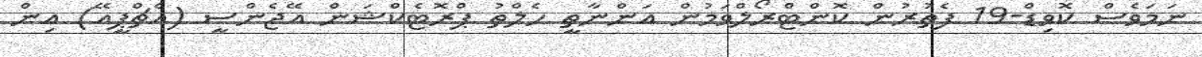
ނަމަވެސް ކޮވިޑް-19 ފެތުރުން ކޮންޓްރޯލްވަމުން އަންނާތީ ހެލްތު ޕްރޮޓެކްޝަން އޭޖެންސީ (އެޗްޕީއޭ) އިން